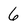
Character: 6